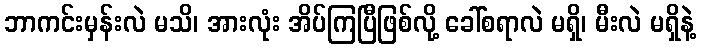
ဘာကင်းမှန်းလဲ မသိ၊ အားလုံး အိပ်ကြပြီဖြစ်လို့ ခေါ်စရာလဲ မရှိ၊ မီးလဲ မရှိနဲ့